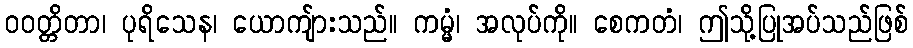
ဝဝတ္တိတာ၊ ပုရိသေန၊ ယောကျ်ားသည်။ ကမ္မံ၊ အလုပ်ကို။ စေကတံ၊ ဤသို့ပြုအပ်သည်ဖြစ်